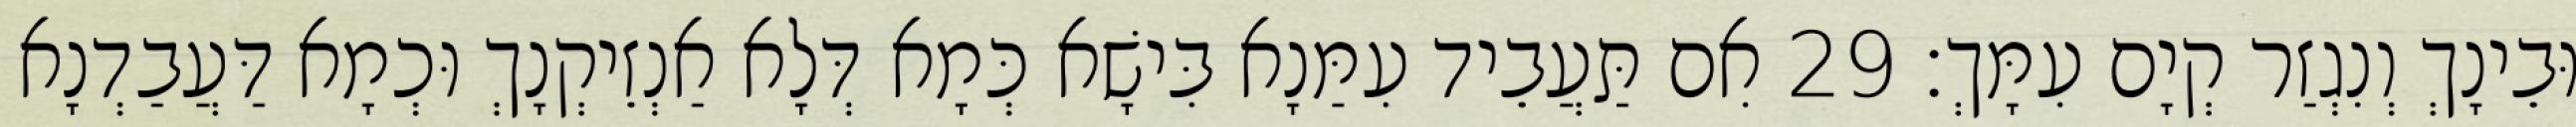
וּבֵינָךְ וְנִגְזַר קְיָם עִמָּךְ׃ 29 אִם תַּעֲבֵיד עִמַּנָא בִּישָׁא כְּמָא דְּלָא אַנְזֵיקְנָךְ וּכְמָא דַּעֲבַדְנָא